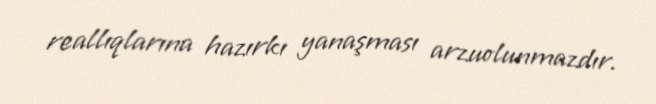
reallıqlarına hazırkı yanaşması arzuolunmazdır.